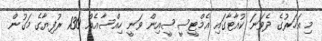
މި އަހަރުގެ ދެވަނަ ކުއާޓާގައި އެމްޓީސީސީއިން ވަނީ ހިއްސާއެއް 130 ރުފިޔާގެ މަގުން